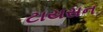
ટાયસન